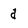
Character: d